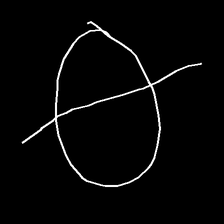
Glyph: orb